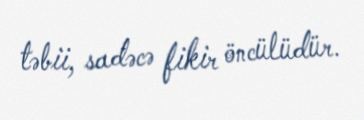
təbii, sadəcə fikir öncülüdür.